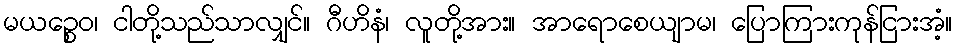
မယဉ္စေဝ၊ ငါတို့သည်သာလျှင်။ ဂီဟိနံ၊ လူတို့အား။ အာရောစေယျာမ၊ ပြောကြားကုန်ငြားအံ့။